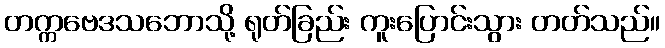
တက္ကဗေဒသဘောသို့ ရုတ်ခြည်း ကူးပြောင်းသွား တတ်သည်။